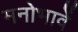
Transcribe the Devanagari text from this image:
मनोभावें